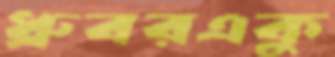
ধ্রুবরএকু